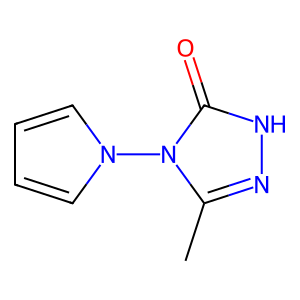
SMILES: Cc1n[nH]c(=O)n1-n1cccc1
Inhibits HIV replication: No